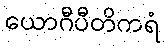
ယောဂီပီတိကရံ